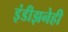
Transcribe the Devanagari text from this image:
इंडीझनेही